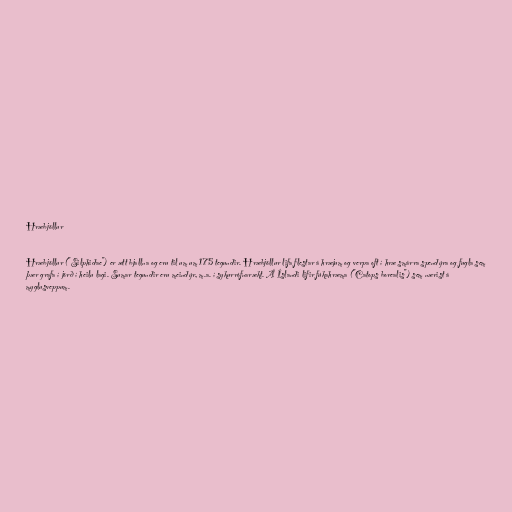
Hræbjöllur

Hræbjöllur ("Silphidae") er ætt bjallna og eru til um um 175 tegundir. Hræbjöllur lifa flestar á hræjum og verpa oft í hræ smárra spendýra og fugla sem
þær grafa í jörð í heilu lagi. Sumar tegundir eru meindýr, m.a. í sykurrófnarækt. Á Íslandi lifir fúkahræma ("Catops borealis") sem nærist á
myglusveppum.